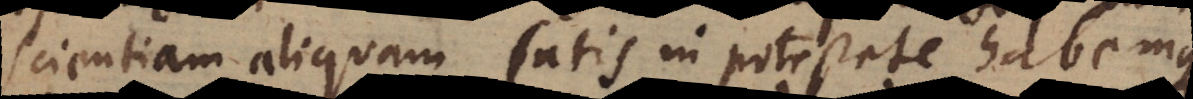
Scientiam aliquam satis in potestate habemus